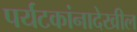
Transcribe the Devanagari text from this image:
पर्यटकांनादेखील